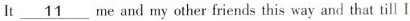
It \underline{11} me and my other friends this way and that till I